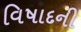
વિષાદની